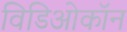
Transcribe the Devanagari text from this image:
विडिओकॉन